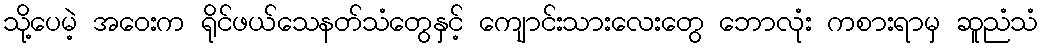
သို့ပေမဲ့ အဝေးက ရိုင်ဖယ်သေနတ်သံတွေနှင့် ကျောင်းသားလေးတွေ ဘောလုံး ကစားရာမှ ဆူညံသံ